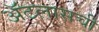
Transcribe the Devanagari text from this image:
ॲटलासची